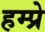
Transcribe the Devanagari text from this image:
हम्प्रे